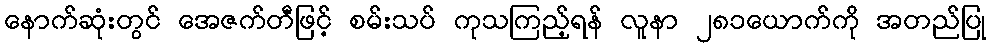
နောက်ဆုံးတွင် အေဇက်တီဖြင့် စမ်းသပ် ကုသကြည့်ရန် လူနာ ၂၈၁ယောက်ကို အတည်ပြု